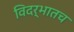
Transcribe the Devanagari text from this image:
विदर्भातच